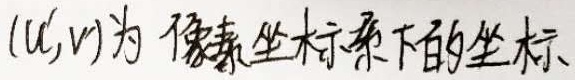
\((u,v)\)为像素坐标系下的坐标。